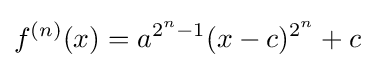
f^{(n)}(x)=a^{2^{n}-1}(x-c)^{2^{n}}+c